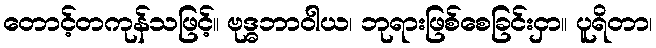
တောင့်တကုန်သဖြင့်။ ဗုဒ္ဓဘာဝါယ၊ ဘုရားဖြစ်စေခြင်းငှာ။ ပူရိတာ၊